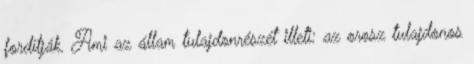
fordítják. Ami az állam tulajdonrészét illeti: az orosz tulajdonos